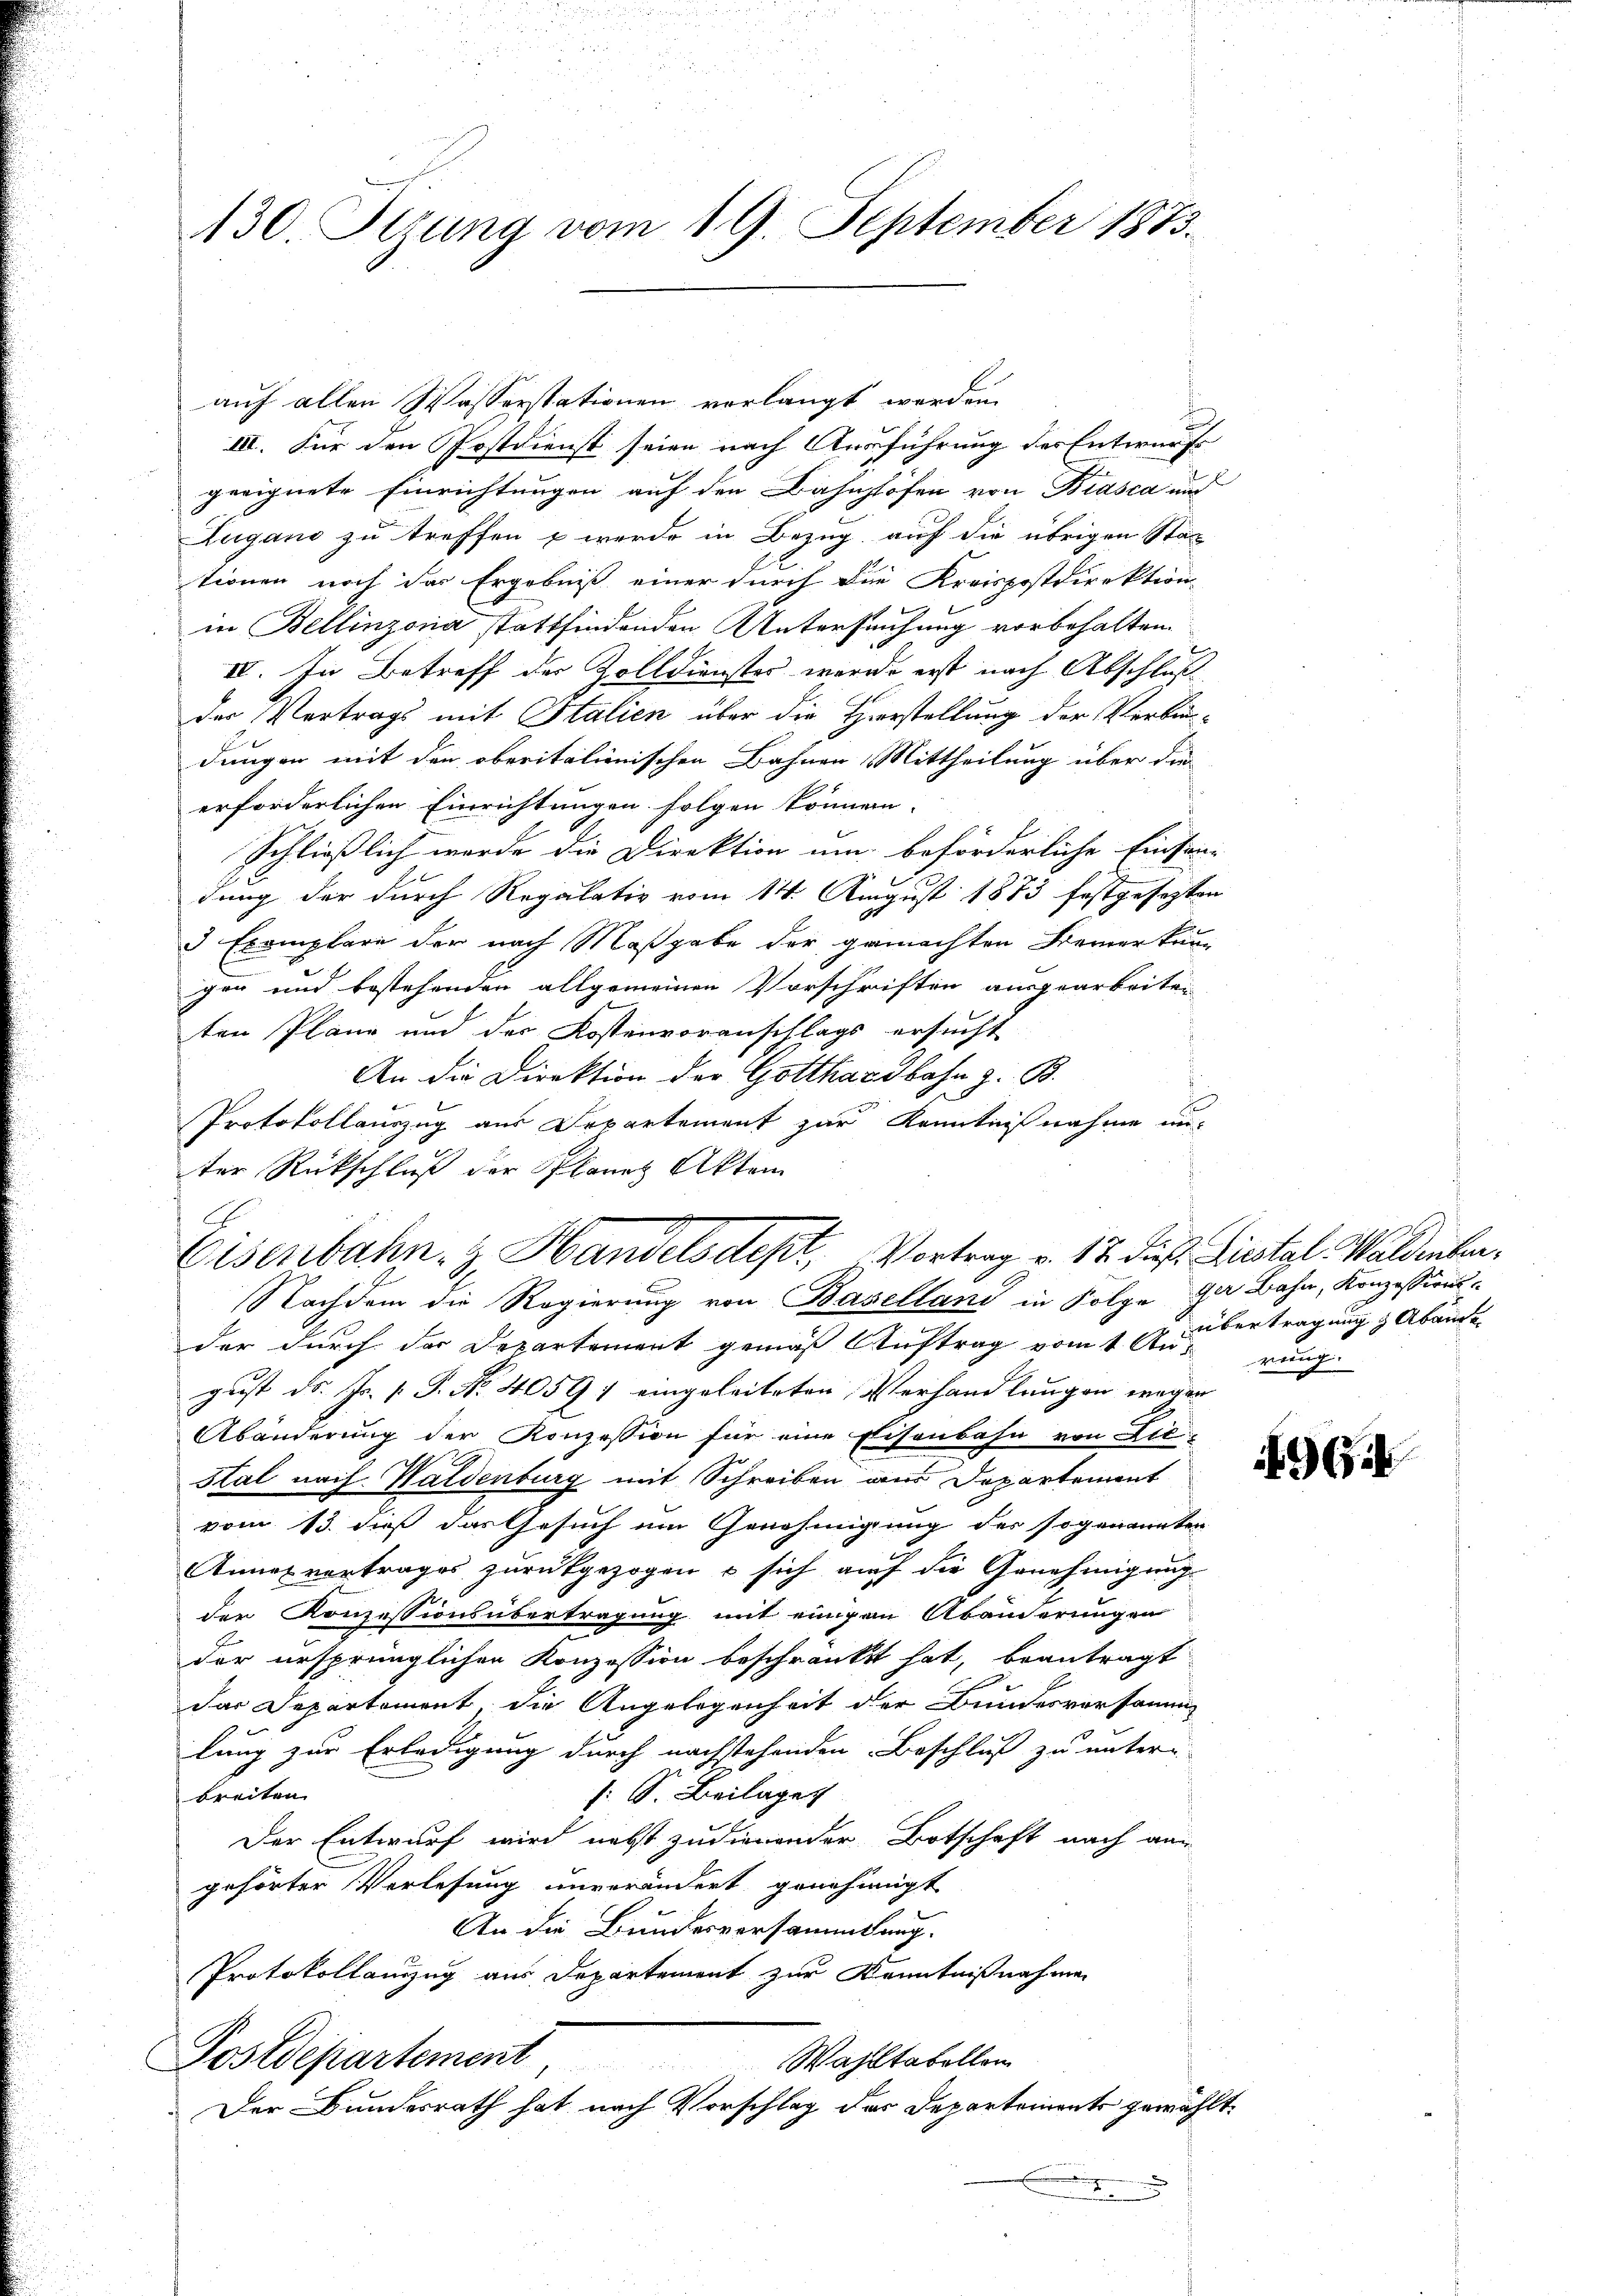
130. Jeung vom 19. September 1873.

auf allen Wasserstationen verlangt werden.
III. Für den Postdienst seien nach Ausführung der Entwurf
geeignete Einrichtungen auf den Bahnhöfen von Biasca und
Lugano zu treffen & werde in Bezug auf die übrigen Stän
tionen noch der Ergebniß einer durch die Kreispostdirektion
in Bellinzona stattfindenden Untersuchung vorbehalten.
IV. In Betreff der Zolldienstes werde erst nach Abschluß
der Vertrags mit Stalien über die Herstellung der Verbin-
dungen mit den oberitalienischen Bahnen Mittheilung über die
erforderlichen Einrichtungen folgen können.
Schließlich wurde die Direktion um beförderliche Einsen-
dung der durch Regalativ vom 14. August 1873 festgesetzten
3 Exemplare der nach Maßgabe der gemachten Berner kann
gen und bestehenden allgemeinen Vorschriften ausgearbeiten
ten Pläne und des Kostenvoranschlags ersucht
An die Direktion der Gotthardbahn z. B.
Protokollauszug aus Departement zur Kenntnißnahme un-
ter Rückschluß der Planes Akten
der durch der Departement gemäß Auftrag vom 1. Au-
gust ds. Fr. 1. P. Nr. 40597 eingeleiteten Verhandlungen wegen
Abänderung der Konzession für eine Eisenbahn von Lied
Stal nach Waldenburg mit Schreiben aus Departement
vom 13. daß das Gesuch im Genehmigung des sogenannten
Annesvortrages zurückgezogen u sich auf die Genehmigung
den Konzessionsübertragung mit einigen Abänderungen
der ursprünglichen Konzession beschränkt hat, beantragt
das Departement, die Angelegenheit der Bundesversamm
lung zur Erledigung durch nachstehenden Beschluß zu untern
breiten
1 S. Beilagen
Der Entwurf wird nebst zudienender Botschaft nach an
gehörter Vorlesung unverändert, genehmigt
An die Bundesversammlung.
Protokollanzug aus Departement zur Kenntnißnahmen
Wahltabellen
Postdepartement
Der Bundesrath hat nach Vorschlag des Departements gewählt.

Eisenbahn- & Handelsdept, Vortrag v. 12. dieß. Distal. Waldenber¬
Nachdem die Regierung von Baselland in Folge gar Bahn, Konzessions¬

d

übertragung Abende
weg.

62